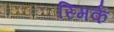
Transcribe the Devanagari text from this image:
स्मिर्क